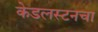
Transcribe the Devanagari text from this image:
केडलस्टनचा